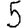
Digit: 5